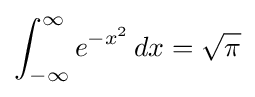
\int _{-\infty }^{\infty }e^{-x^{2}}\,dx={\sqrt {\pi }}